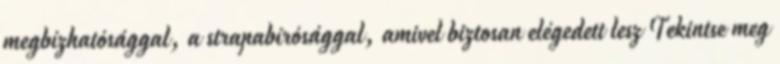
megbízhatósággal, a strapabírósággal, amivel biztosan elégedett lesz Tekintse meg